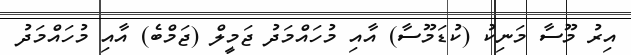
އިރު މޫސާ މަނިކު (ކުޑަމޫސާ) އާއި މުހައްމަދު ޖަމީލް (ޖަމްބެ) އާއި މުހައްމަދު